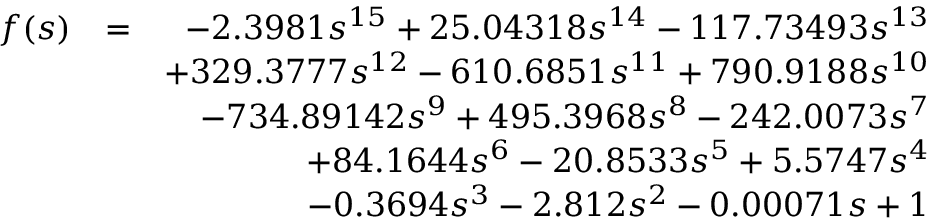
\begin{array} { r l r } { f ( s ) } & { = } & { - 2 . 3 9 8 1 s ^ { 1 5 } + 2 5 . 0 4 3 1 8 s ^ { 1 4 } - 1 1 7 . 7 3 4 9 3 s ^ { 1 3 } } \\ & { } & { + 3 2 9 . 3 7 7 7 s ^ { 1 2 } - 6 1 0 . 6 8 5 1 s ^ { 1 1 } + 7 9 0 . 9 1 8 8 s ^ { 1 0 } } \\ & { } & { - 7 3 4 . 8 9 1 4 2 s ^ { 9 } + 4 9 5 . 3 9 6 8 s ^ { 8 } - 2 4 2 . 0 0 7 3 s ^ { 7 } } \\ & { } & { + 8 4 . 1 6 4 4 s ^ { 6 } - 2 0 . 8 5 3 3 s ^ { 5 } + 5 . 5 7 4 7 s ^ { 4 } } \\ & { } & { - 0 . 3 6 9 4 s ^ { 3 } - 2 . 8 1 2 s ^ { 2 } - 0 . 0 0 0 7 1 s + 1 } \end{array}